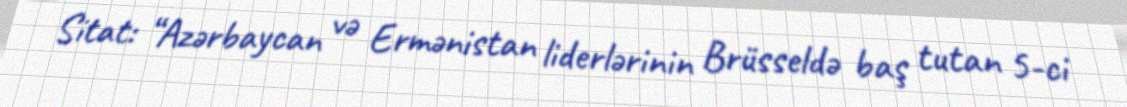
Sitat: “Azərbaycan və Ermənistan liderlərinin Brüsseldə baş tutan 5-ci